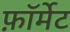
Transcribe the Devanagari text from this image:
फ़ाॅर्मेट